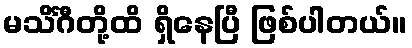
မသိင်္ဂီတို့ထိ ရှိနေပြီ ဖြစ်ပါတယ်။